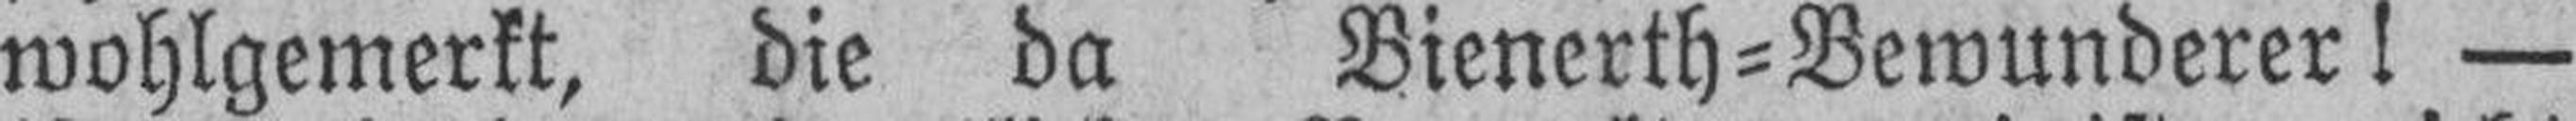
wohlgemerkt, die da Bienerth=Bewunderer! —